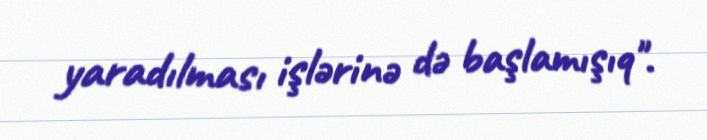
yaradılması işlərinə də başlamışıq".